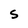
Character: S